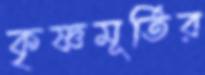
কৃষ্ণমূর্তির